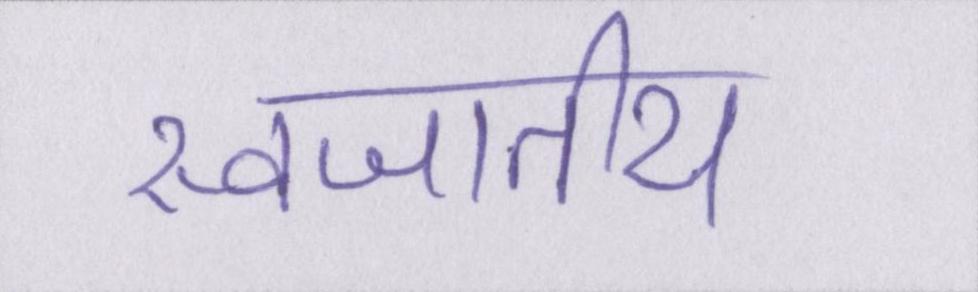
स्वजातीय